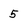
Character: 5